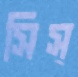
সিস্